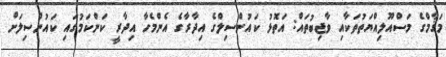
މަޤާމްގެ މަސްއޫލިއްޔަތުތަކާއި ވާޖިބުތައް: އަތޮޅު ކައުންސިލްގެ އިދާރާގެ އެންމެހާ އިދާރީ ކަންކަމުގައި ކައުންސިލަށް